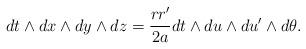
LaTeX: \begin{align*} d t \wedge d x \wedge d y \wedge d z = {r r' \over 2 a} d t \wedge d u \wedge d u' \wedge d \theta. \end{align*}